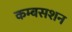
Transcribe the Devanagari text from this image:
कम्बसशन